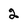
Character: 2